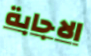
الاجابة